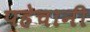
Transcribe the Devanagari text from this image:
पहेचानी